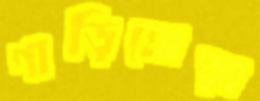
গাড়িঘোড়া